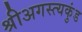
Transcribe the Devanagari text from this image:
श्रीअगस्त्यकुंड